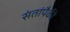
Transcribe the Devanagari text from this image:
संतांपैकी